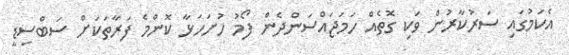
އެކަމުގައި ސަރުކާރުން ވަކި ގޮތެއް ހަމަޖައްސަންދެން ފޯމު ހުށަހަޅާ ކޮންމެ ފަރާތަކަށް ސަބްސިޑީ